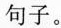
句子。